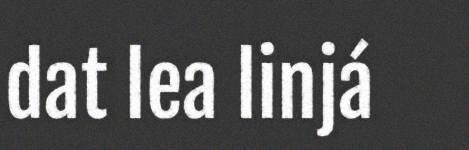
dat lea linjá